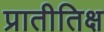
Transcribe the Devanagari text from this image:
प्रातीतिक्ष